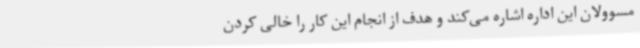
مسوولان این اداره اشاره می‌کند و هدف از انجام این کار را خالی کردن